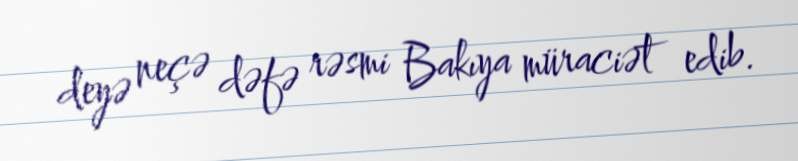
deyə neçə dəfə rəsmi Bakıya müraciət edib.